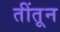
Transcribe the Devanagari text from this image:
तींतून